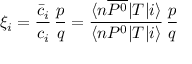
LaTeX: \xi _ { i } = \frac { \bar { c } _ { i } } { c _ { i } } \, \frac { p } { q } = \frac { \langle n \overline { { { P ^ { 0 } } } } | T | i \rangle } { \langle n P ^ { 0 } | T | i \rangle } \, \frac { p } { q }